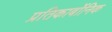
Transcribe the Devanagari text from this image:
प्रतिकार्बोनिक